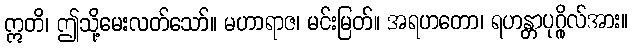
ဣတိ၊ ဤသို့မေးလတ်သော်။ မဟာရာဇ၊ မင်းမြတ်။ အရဟတော၊ ရဟန္တာပုဂ္ဂိုလ်အား။